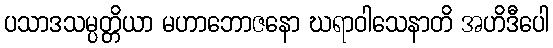
ပသာဒသမ္ပတ္တိယာ မဟာဘောဇနော ဃရာဝါသေနာတိ အဟိဒီပေါ